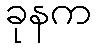
ခုနက